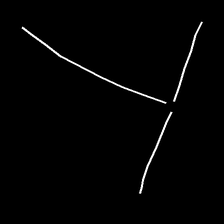
Glyph: column